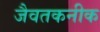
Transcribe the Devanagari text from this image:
जैवतकनीक